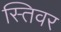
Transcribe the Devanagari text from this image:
स्तिवर